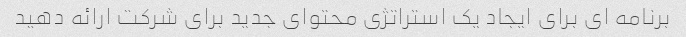
برنامه ای برای ایجاد یک استراتژی محتوای جدید برای شرکت ارائه دهید